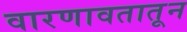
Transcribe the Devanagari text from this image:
वारणावतातून